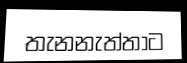
තැනනැත්තාට